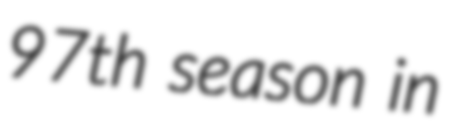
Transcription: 97th season in